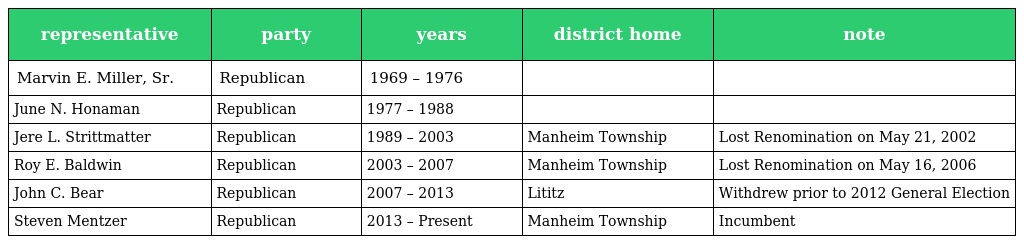
| representative | party | years | district home | note |
 | --- | --- | --- | --- | --- |
 | Marvin E. Miller, Sr. | Republican | 1969 – 1976 |  |  |
 | June N. Honaman | Republican | 1977 – 1988 |  |  |
 | Jere L. Strittmatter | Republican | 1989 – 2003 | Manheim Township | Lost Renomination on May 21, 2002 |
 | Roy E. Baldwin | Republican | 2003 – 2007 | Manheim Township | Lost Renomination on May 16, 2006 |
 | John C. Bear | Republican | 2007 – 2013 | Lititz | Withdrew prior to 2012 General Election |
 | Steven Mentzer | Republican | 2013 – Present | Manheim Township | Incumbent |